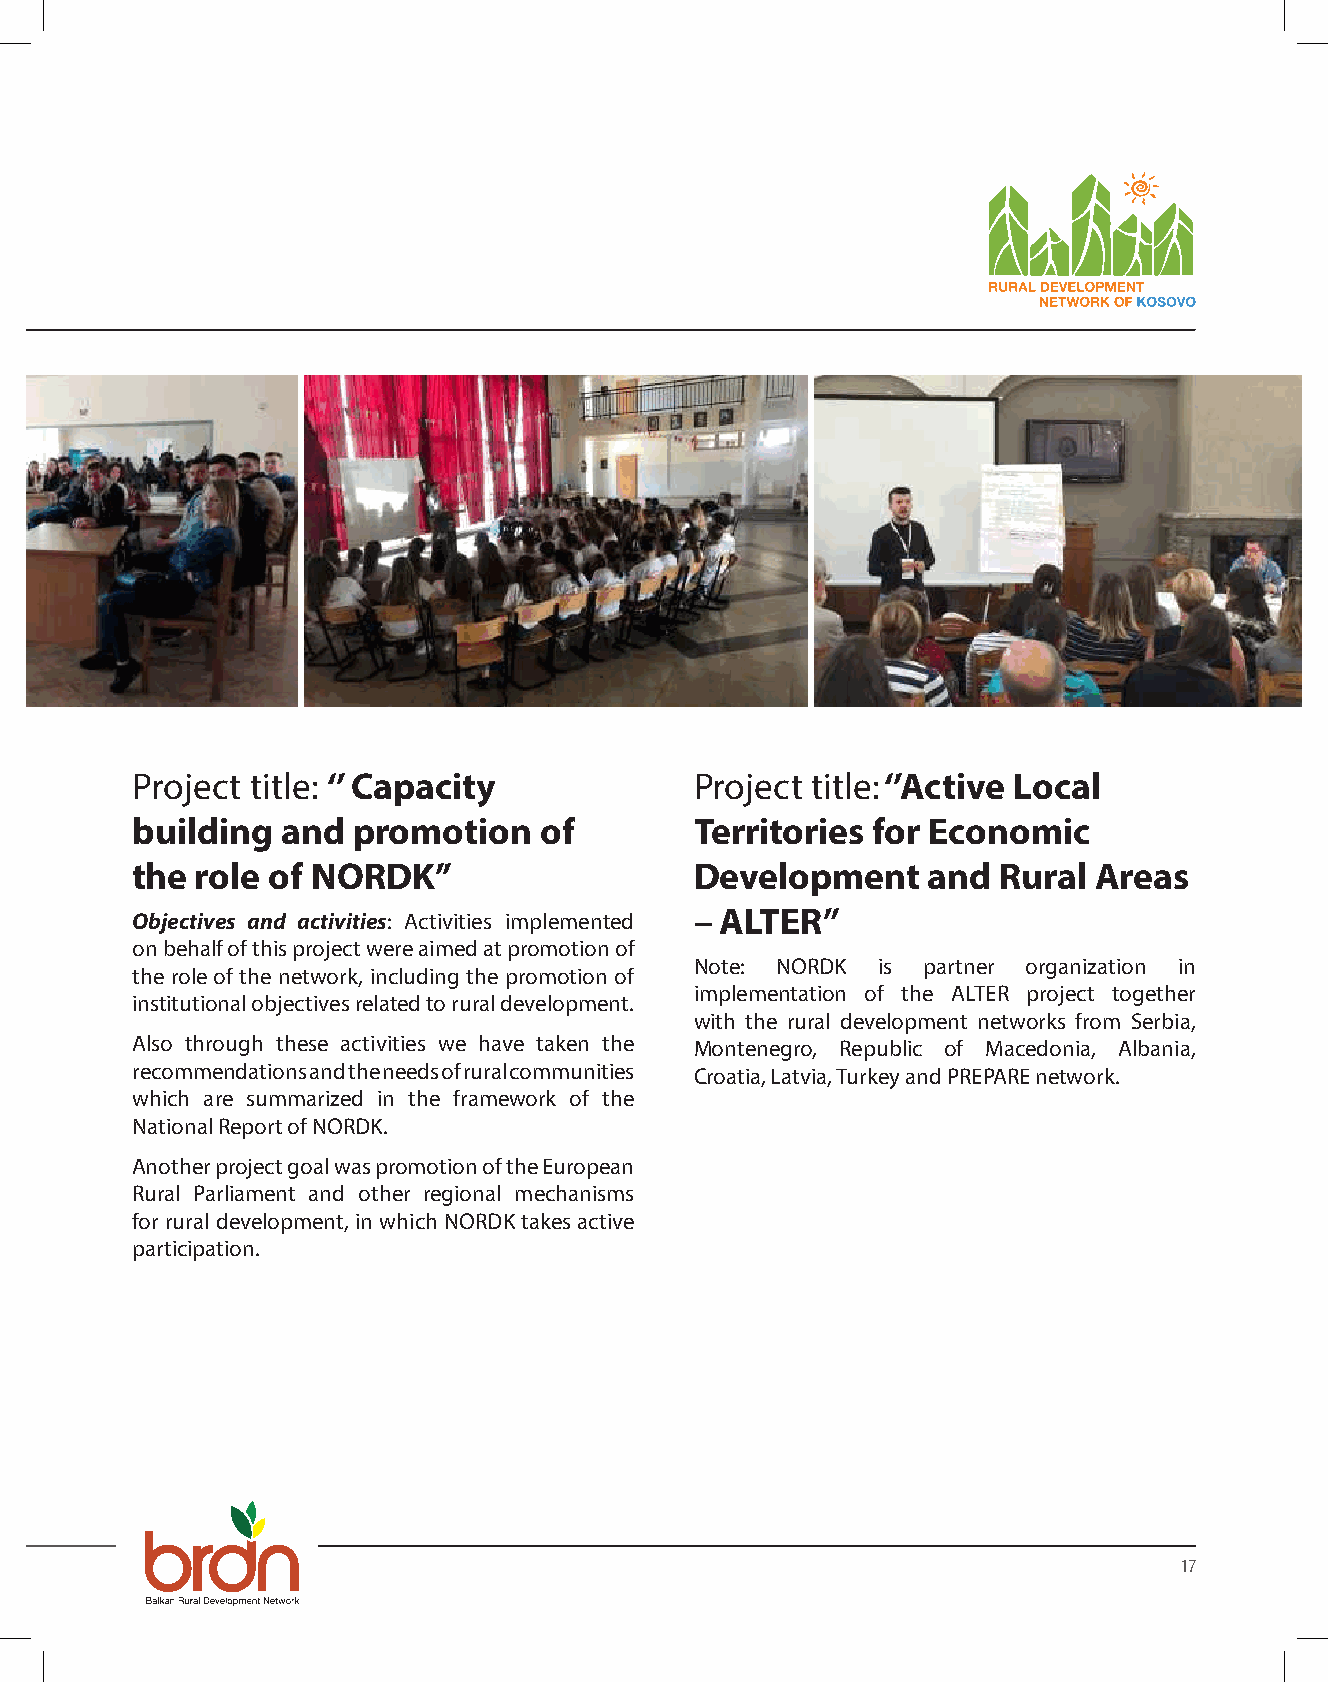
Project title: ‘’ Capacity           Project title: ‘’Active Local
 building  and promotion    of        Territories for Economic
 the role of NORDK’’                  Development    and  Rural Areas
 Objectives and activities: Activities implemented – ALTER”
 on behalf of this project were aimed at promotion of
 Note: NORDK is partner organization in
 the role of the network, including the promotion of
 implementation of the ALTER project together
 institutional objectives related to rural development.
 with the rural development networks from Serbia,
 Also through these activities we have taken the Montenegro, Republic of Macedonia, Albania,
 recommendations and the needs of rural communities Croatia, Latvia, Turkey and PREPARE network.
 which are summarized in the framework of the
 National Report of NORDK.
 Another project goal was promotion of the European
 Rural Parliament and other regional mechanisms
 for rural development, in which NORDK takes active
 participation.
 17